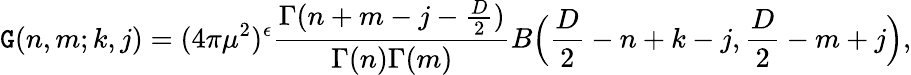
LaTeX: \mathtt{G}(n,m;k,j)=(4\pi\mu^{2})^{\epsilon}\frac{{\Gamma(n+m-j-{\frac{{D}}{{2}}})}}{{\Gamma(n)\Gamma(m)}}B\Big(\frac{{D}}{{2}}-n+k-j,\frac{{D}}{{2}}-m+j\Big),